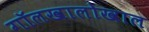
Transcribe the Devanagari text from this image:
गॉलखालोखाल